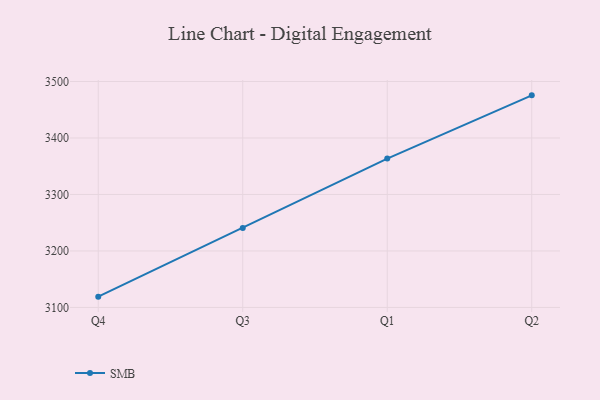
{"axis": {"x": "Quarter", "y": "Humidity (%)"}, "legend": ["SMB"], "data": [{"x": "Q4", "y": 3119.1, "type": "SMB"}, {"x": "Q3", "y": 3240.7, "type": "SMB"}, {"x": "Q1", "y": 3363.5, "type": "SMB"}, {"x": "Q2", "y": 3475.5, "type": "SMB"}]}